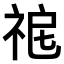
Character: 𥙤